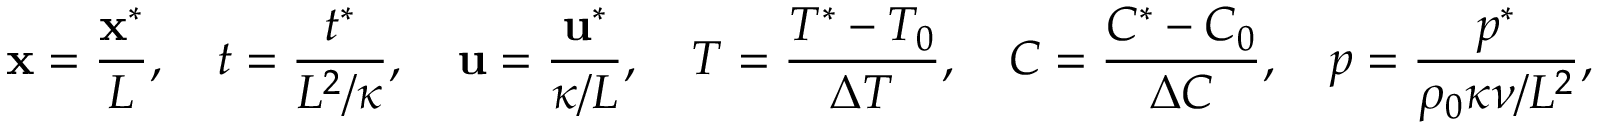
\mathbf { x } = \frac { \mathbf { x } ^ { * } } { L } , \quad t = \frac { t ^ { * } } { L ^ { 2 } / \kappa } , \quad \mathbf { u } = \frac { \mathbf { u } ^ { * } } { \kappa / L } , \quad T = \frac { T ^ { * } - T _ { 0 } } { \Delta T } , \quad C = \frac { C ^ { * } - C _ { 0 } } { \Delta C } , \quad p = \frac { p ^ { * } } { \rho _ { 0 } \kappa \nu / L ^ { 2 } } ,